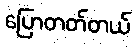
ပြောတတ်တယ်